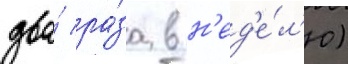
два́ ра́за в н'ед'е́л'ю)